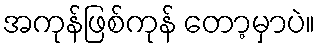
အကုန်ဖြစ်ကုန် တော့မှာပဲ။